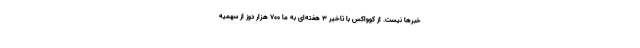
خبرها نیست. از کوواکس با تاخیر ۳ هفته‌ای به ما ۷۰۰ هزار دوز از سهمیه